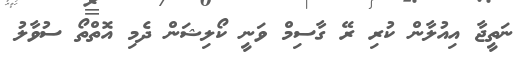
ނަތީޖާ އިއުލާން ކުރި ރޭ ގާސިމް ވަނީ ކޯލިޝަން ދެމި އޮތްތޯ ސުވާލު